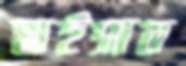
মাইসাল